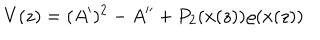
LaTeX: V ( z ) = ( A ^ { \prime } ) ^ { 2 } - A ^ { \prime \prime } + P _ { 2 } ( x ( z ) ) \varrho ( x ( z ) )